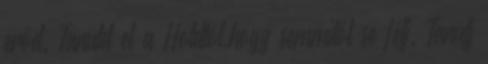
erőd. Tanuld el a Holdtól,hogy semmitől se félj. Tanulj